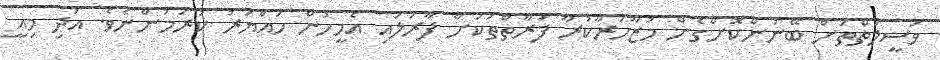
ވަސީލަތްތަށް ބޭނުންކޮށްގެން މުޒާހަރާކުރާ ފަރާތްތަކަށް ފާރަލައި އެމީހުން ހައްޔަރު ކުރަމުންނެވެ. އަދި މިއީ